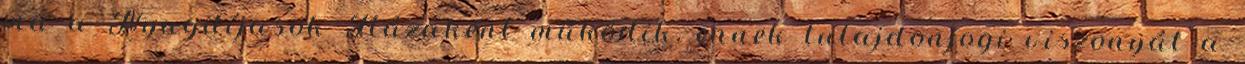
ma a Nyugdíjasok Házaként működik, ennek tulajdonjogi viszonyát a